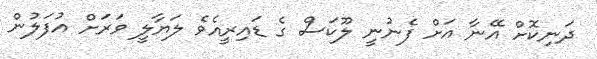
ދަނިކޮށް އޭނާ އަށް ފެނުނީ ލޫކަސް ގެ ޑައިރީއެވެ ލަޔާލީ ވަރަށް އުފަލުން